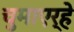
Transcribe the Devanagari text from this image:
चुमाएर्हे